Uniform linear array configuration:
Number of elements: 24
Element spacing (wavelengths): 0.25
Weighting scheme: exponential
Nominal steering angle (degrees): -30
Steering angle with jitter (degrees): -30.791
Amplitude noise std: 0.05
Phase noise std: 0.05

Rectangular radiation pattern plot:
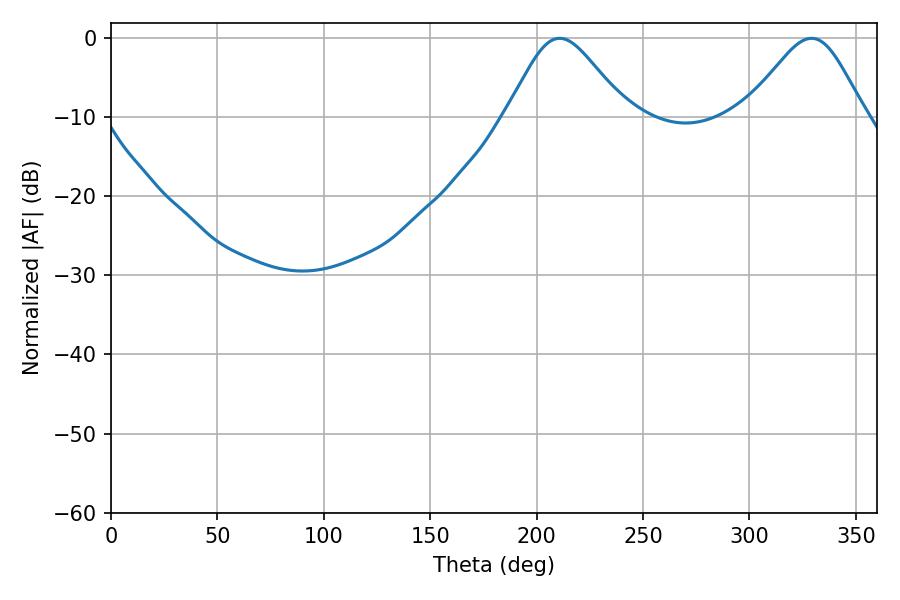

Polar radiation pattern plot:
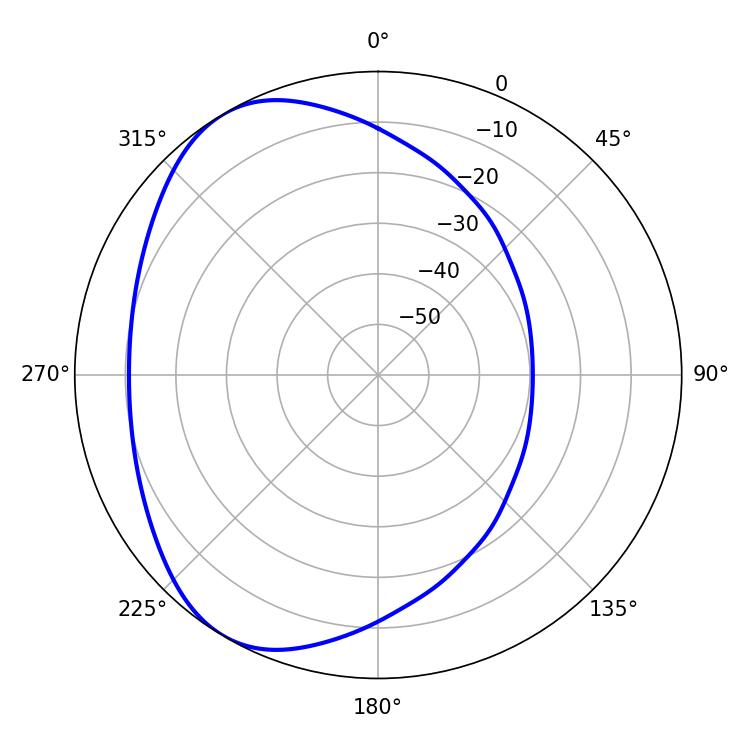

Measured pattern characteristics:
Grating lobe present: FALSE
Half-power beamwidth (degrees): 27.72
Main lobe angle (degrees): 210.78